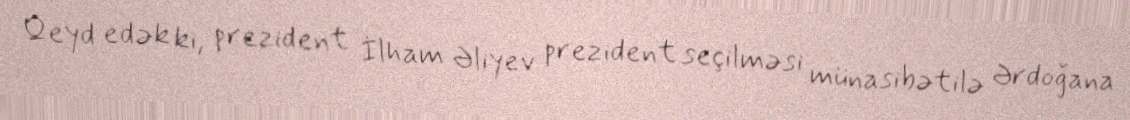
Qeyd edək ki, prezident İlham Əliyev prezident seçilməsi münasibətilə Ərdoğana